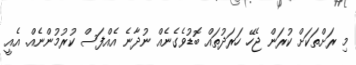
މި ރަށްތަކަށް ކުރަން ޖެހޭ ހަރަދުތައް ބޮޑުވެގެނެއް ނުދާނެ އެއްފަސް ކުރުމުންނެއް. އެއީ